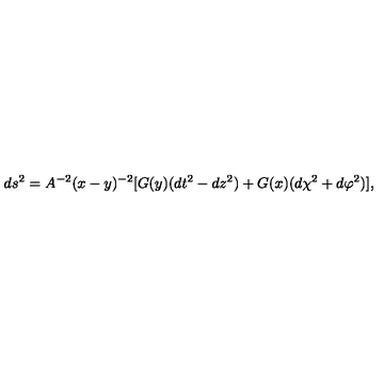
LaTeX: d s ^ { 2 } = A ^ { - 2 } ( x - y ) ^ { - 2 } [ G ( y ) ( d t ^ { 2 } - d z ^ { 2 } ) + G ( x ) ( d \chi ^ { 2 } + d \varphi ^ { 2 } ) ] ,